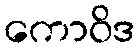
ကောဝိဒ